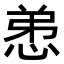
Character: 𢚖